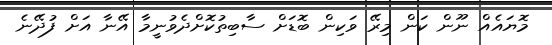
މޮޔައެއް ނޫން ކަން މިރޭ ވަކިން ބޮޑަށް ސާބިތުކޮށްދެވުނީމާ އޭނާ އަށް ފުދޭނެ